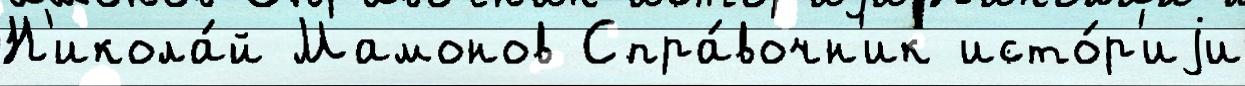
Н'икола́й Мамонов Спра́вочн'ик исто́р'иjи